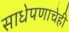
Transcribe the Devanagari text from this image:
साधेपणाचेही